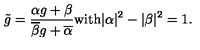
\tilde { g } = \frac { \alpha g + \beta } { \overline { { \beta } } g + \overline { { \alpha } } } \mathrm { w i t h } | \alpha | ^ { 2 } - | \beta | ^ { 2 } = 1 .